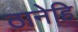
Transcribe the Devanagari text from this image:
ठानेहि